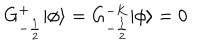
G _ { - \frac { 1 } { 2 } } ^ { + } | \phi \rangle = G _ { - \frac { 1 } { 2 } } ^ { - K } | \phi \rangle = 0